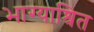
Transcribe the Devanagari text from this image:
भाग्याश्रित